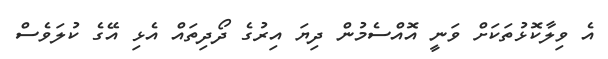
އެ ވިލާކޮޅުތަކަށް ވަނީ އޮއްސެމުން ދިޔަ އިރުގެ ދޯދިތައް އެޅި އޭގެ ކުލަވެސް